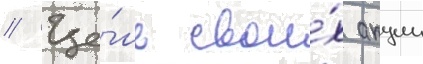
// Це́ль свои́х акции